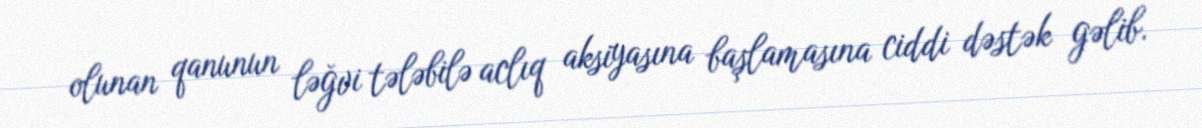
olunan qanunun ləğvi tələbilə aclıq aksiyasına başlamasına ciddi dəstək gəlib.